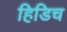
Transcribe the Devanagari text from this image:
हिडिच